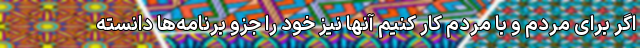
اگر برای مردم و با مردم کار کنیم آنها نیز خود را جزو برنامه‌ها دانسته